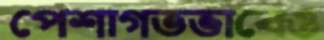
পেশাগতভাবেও